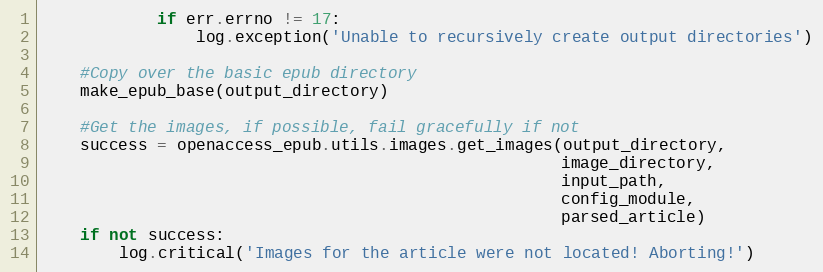
Language: Python
            if err.errno != 17:
                log.exception('Unable to recursively create output directories')

    #Copy over the basic epub directory
    make_epub_base(output_directory)

    #Get the images, if possible, fail gracefully if not
    success = openaccess_epub.utils.images.get_images(output_directory,
                                                      image_directory,
                                                      input_path,
                                                      config_module,
                                                      parsed_article)
    if not success:
        log.critical('Images for the article were not located! Aborting!')